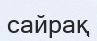
сайрақ